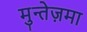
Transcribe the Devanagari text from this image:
मुन्तेज़मा